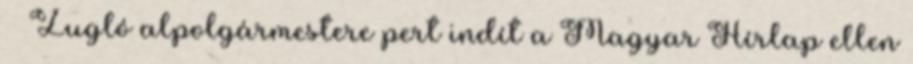
› ›Zugló alpolgármestere pert indít a Magyar Hírlap ellen